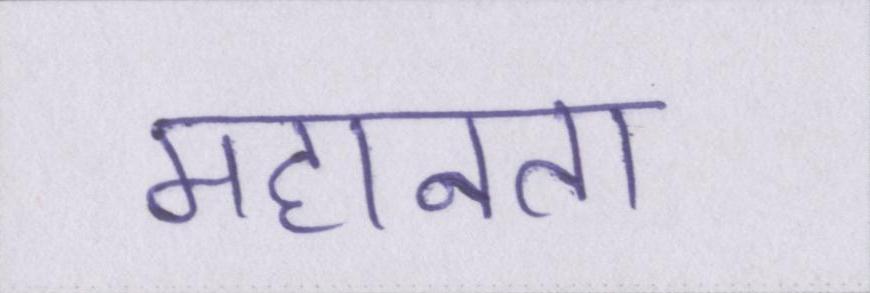
महानता